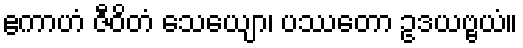
ဧကာဟံ ဇီဝိတံ သေယျော၊ ပဿတော ဥဒယဗ္ဗယံ။